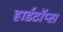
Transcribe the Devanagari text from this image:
हार्डटॉप्स